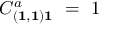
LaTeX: C _ { ( { \bf 1 } , { \bf 1 } ) { \bf 1 } } ^ { a } \ = \ 1 \quad